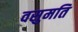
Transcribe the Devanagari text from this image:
वसुमति